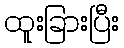
ထူးခြားပြီး